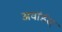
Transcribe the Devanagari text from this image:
अवॉर्डस्